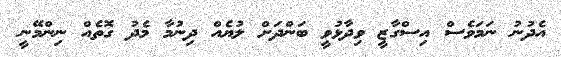
އެދުނު ނަމަވެސް އިސްގާޒީ ވިދާޅުވީ ބަންދަށް ލުޔެއް ދިނުމާ މެދު ގޮތެއް ނިންމޭނީ